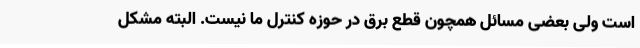
است ولی بعضی مسائل همچون قطع برق در حوزه کنترل ما نیست. البته مشکل